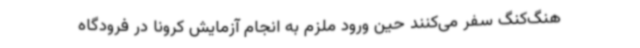
هنگ‌کنگ سفر می‌کنند حین ورود ملزم به انجام آزمایش کرونا در فرودگاه